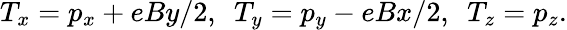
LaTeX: T_{x}=p_{x}+eBy/2,~~T_{y}=p_{y}-eBx/2,~~T_{z}=p_{z}.